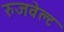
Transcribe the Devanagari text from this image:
रुजवेल्ट